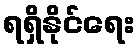
ရရှိနိုင်ရေး